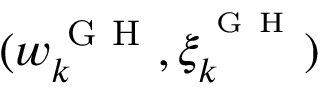
( w _ { k } ^ { \mathrm { ~ G ~ H ~ } } , \xi _ { k } ^ { ^ { \mathrm { ~ G ~ H ~ } } } )